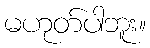
မဟုတ်ပါဘူး။